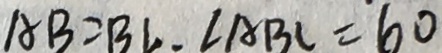
A B = B C = C A B C = 6 0